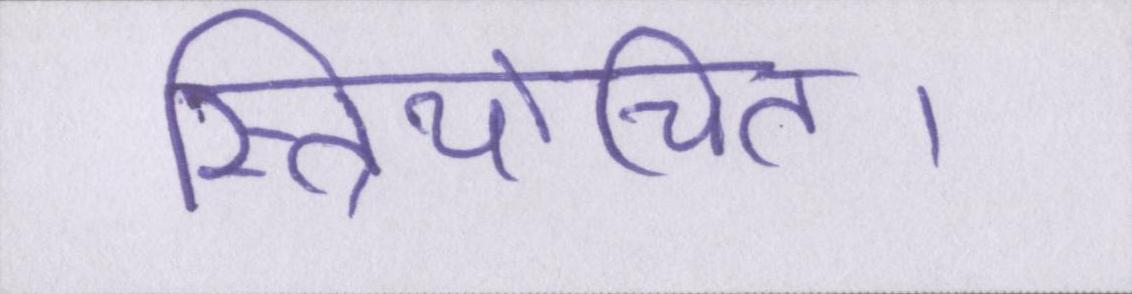
स्त्रियोचित।